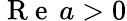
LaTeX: \mathrm{~R~e~}\, a>0